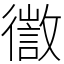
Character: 徾